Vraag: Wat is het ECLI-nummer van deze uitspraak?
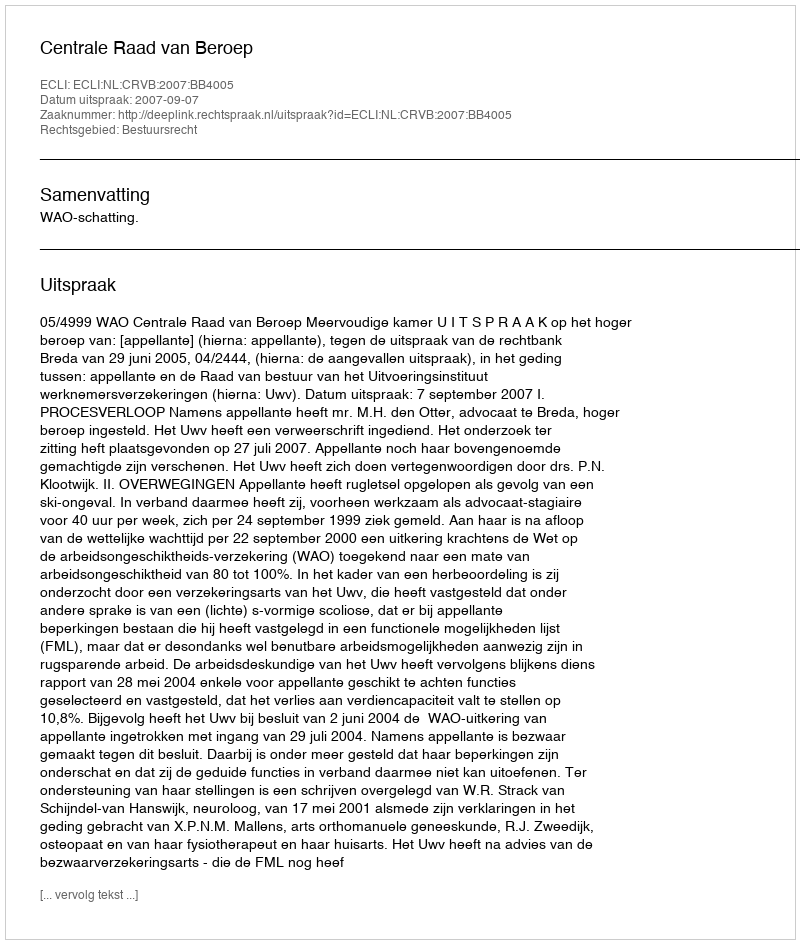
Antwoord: ECLI:NL:CRVB:2007:BB4005